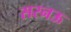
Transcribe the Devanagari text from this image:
सरनऊ